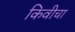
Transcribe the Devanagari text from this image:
किवीचा